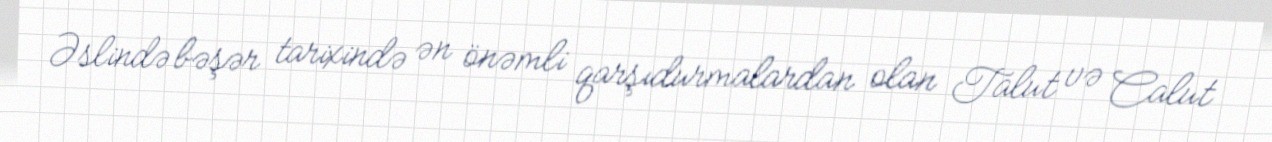
Əslində bəşər tarixində ən önəmli qarşıdurmalardan olan Talut və Calut